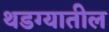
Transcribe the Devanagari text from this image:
थडग्यातील